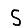
Digit: 5